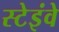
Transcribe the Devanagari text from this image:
स्टेइंवे